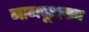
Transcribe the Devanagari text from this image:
नागपूरलाच